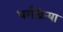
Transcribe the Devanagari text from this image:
धर्मक्रिया